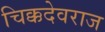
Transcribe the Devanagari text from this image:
चिक्कदेवराज